system: You are a helpful assistant.
user:
Analyze the provided spectrum to determine if it is a **S-type Star**.

- **Key Indicators for S-type Star:**

    - **(Overall Spectrum Shape):** The first and most obvious characteristic is the overall continuum (the "baseline" shape). It is **extremely "red-sloping,"** meaning the flux (light intensity) is very low on the left side (blue, ~4000-4500 Å) and rises steeply and continuously toward the right side (red, ~7000 Å+).

    - **(Primary):** The spectrum is defined by the presence of strong, broad molecular absorption "valleys" (bands) from **Zirconium Oxide (ZrO)**. The identification of these bands is the **primary requirement** for classifying a star as S-type.
        - **(Key Bandheads):** You must find distinct, deep "dips" where the light has been absorbed. The most critical band systems to locate are:
            - **~6474 Å** ($\gamma$-system): This is often the strongest and clearest ZrO feature, found in the red part of the spectrum.
            - **~5718 Å** & **~5551 Å** ($\beta$-system): A pair of prominent absorption features in the yellow-orange part of the spectrum.
            - **~4640 Å** ($\alpha$-system): A key absorption band system in the blue-green region of the spectrum.

    - **(Secondary Confirmation):** The classification is strengthened by finding additional absorption bands from other related heavy element oxides, which are expected to be present alongside ZrO.
        - **(Key Bandheads):**
            - **Yttrium Oxide (YO):** Look for absorption dips near **~4800 Å** and **~6100 Å**.
            - **Lanthanum Oxide (LaO):** Additional absorption features, particularly in the red-orange part of the spectrum, are also characteristic.

    - **(Line Profile):** The combination of the steep red continuum and these numerous, deep molecular bands (ZrO, YO, etc.) gives the entire spectrum a very **"chopped-up"** or **"bumpy"** appearance. Instead of a smooth curve, the spectrum looks as though large, wide chunks of light have been "carved out" of it at the specific wavelengths listed above.

Think first, call **spectral_visualization_tool** if needed to examine features in detail, then provide your final answer. Your response must adhere to the following strict rules:
1.  **Overall Structure:** Your response must follow the format `<think>...</think> <tool_call>...</tool_call> (if a tool is used) <answer>...</answer>`.
2.  **Tool Usage Constraint:** You may only make **one** tool call per turn.
3.  **Final Answer Format:** In the `<answer>` tag, your conclusion must be inside a `\boxed{}` command (e.g., `\boxed{YES}` or `\boxed{NO}`), followed by your justification.

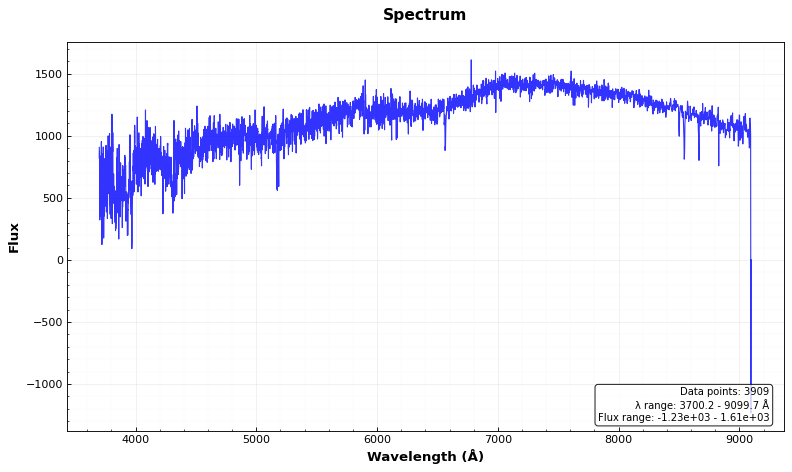
Answer: NO